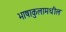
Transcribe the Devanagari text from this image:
भाषाकुलामधील